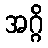
အဂ္ဂိ